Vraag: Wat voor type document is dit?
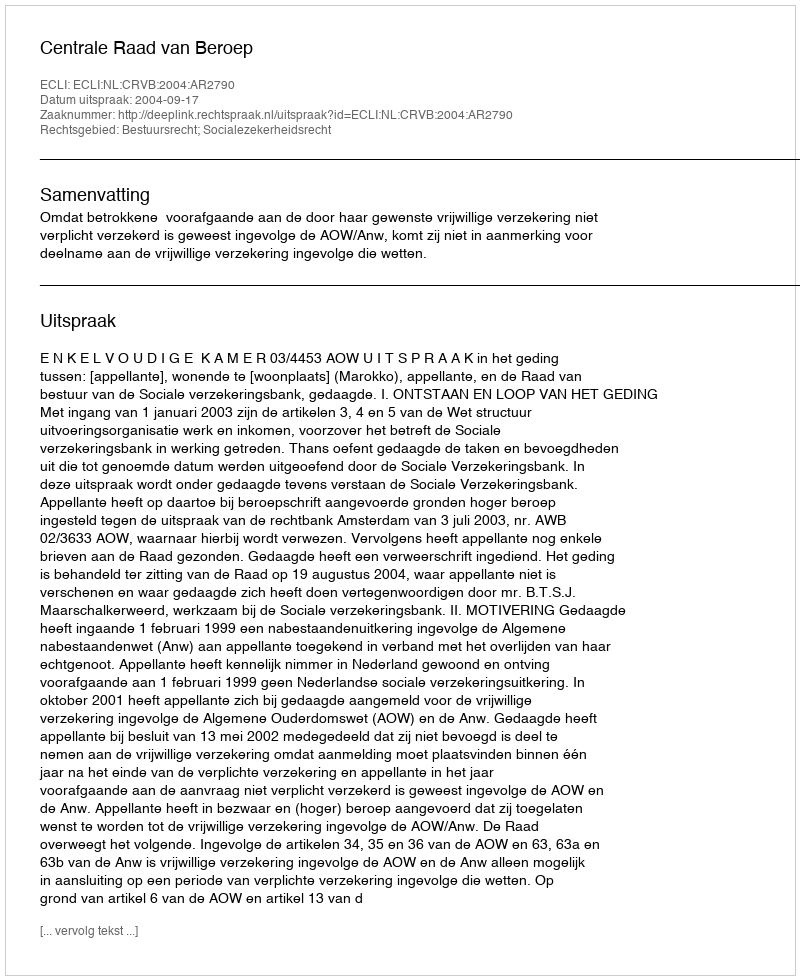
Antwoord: Uitspraak